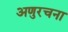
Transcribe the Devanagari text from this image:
अणुरचना